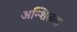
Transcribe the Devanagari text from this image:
अन्शिलता